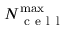
N _ { \mathrm { ~ c ~ e ~ l ~ l ~ } } ^ { \operatorname* { m a x } }